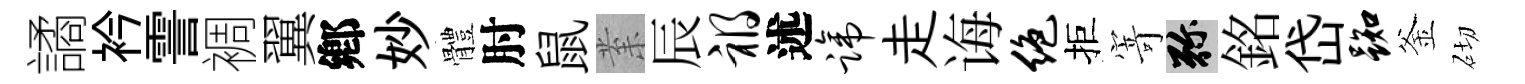
譎衿霅裯翼鄕妙體肘鼠𭪙辰祸述蹄走诲绝拒𭔃弥銘岱踟釜砌